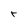
Character: r